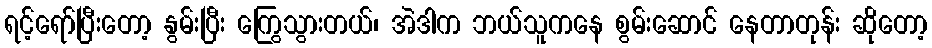
ရင့်ရော်ပြီးတော့ နွမ်းပြီး ကြွေသွားတယ်၊ အဲဒါက ဘယ်သူကနေ စွမ်းဆောင် နေတာတုန်း ဆိုတော့